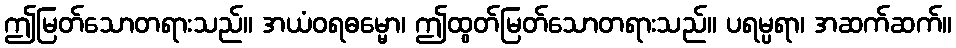
ဤမြတ်သောတရားသည်။ အယံဝရဓမ္မော၊ ဤထွတ်မြတ်သောတရားသည်။ ပရမ္ပရာ၊ အဆက်ဆက်။